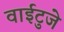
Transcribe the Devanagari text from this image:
वाईटुजे